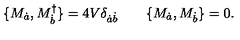
\{ M _ { \dot { a } } , M _ { \dot { b } } ^ { \dagger } \} = 4 V \delta _ { \dot { a } \dot { b } } \qquad \{ M _ { \dot { a } } , M _ { \dot { b } } \} = 0 .